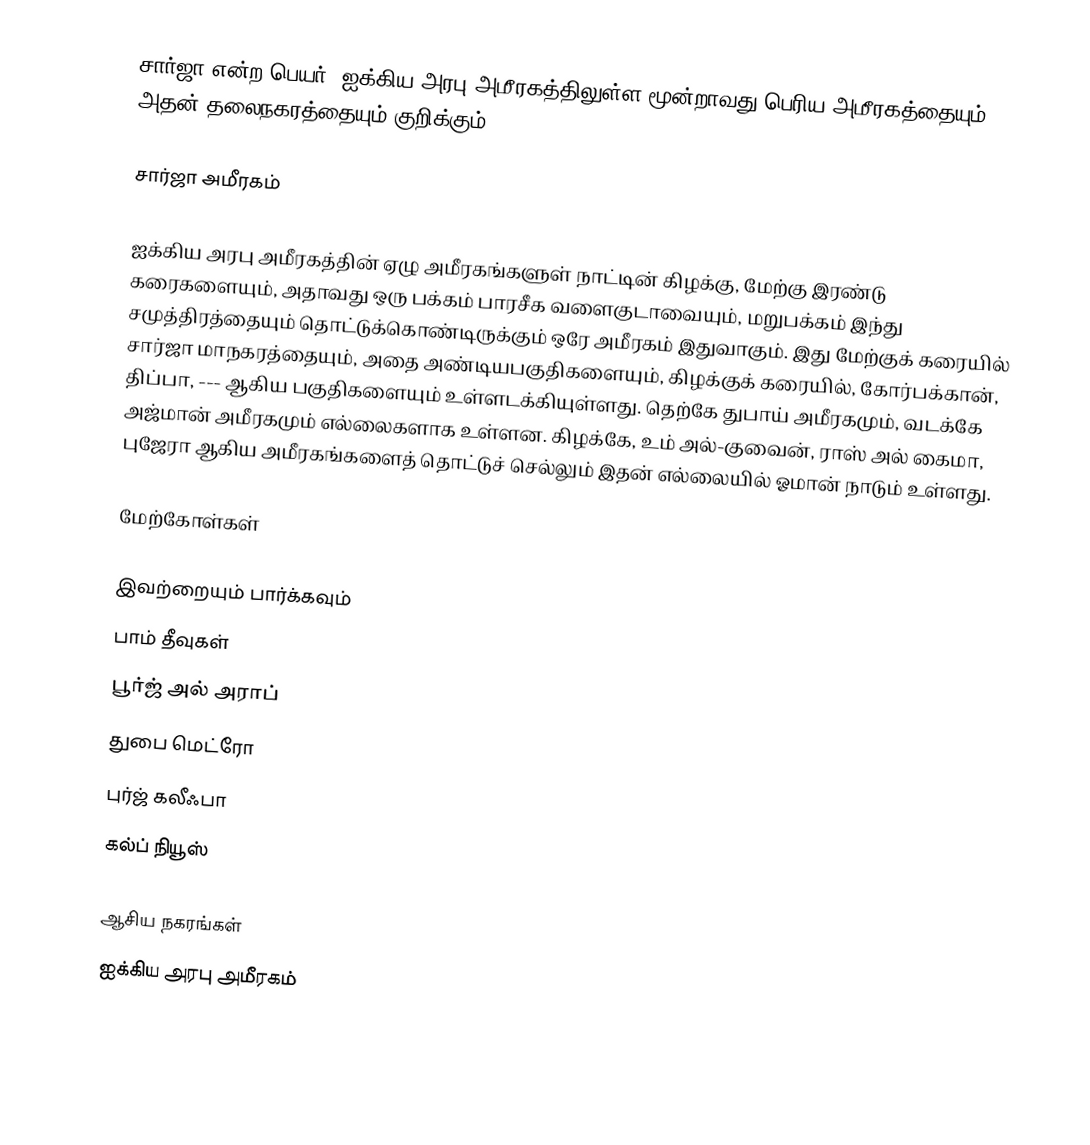
சார்ஜா என்ற பெயர், ஐக்கிய அரபு அமீரகத்திலுள்ள மூன்றாவது பெரிய அமீரகத்தையும், அதன் தலைநகரத்தையும் குறிக்கும்.

சார்ஜா அமீரகம்

ஐக்கிய அரபு அமீரகத்தின் ஏழு அமீரகங்களுள் நாட்டின் கிழக்கு, மேற்கு இரண்டு கரைகளையும், அதாவது ஒரு பக்கம் பாரசீக வளைகுடாவையும், மறுபக்கம் இந்து சமுத்திரத்தையும் தொட்டுக்கொண்டிருக்கும் ஒரே அமீரகம் இதுவாகும். இது மேற்குக் கரையில் சார்ஜா மாநகரத்தையும், அதை அண்டியபகுதிகளையும், கிழக்குக் கரையில், கோர்பக்கான், திப்பா, --- ஆகிய பகுதிகளையும் உள்ளடக்கியுள்ளது. தெற்கே துபாய் அமீரகமும், வடக்கே அஜ்மான் அமீரகமும் எல்லைகளாக உள்ளன. கிழக்கே, உம் அல்-குவைன், ராஸ் அல் கைமா, புஜேரா ஆகிய அமீரகங்களைத் தொட்டுச் செல்லும் இதன் எல்லையில் ஓமான் நாடும் உள்ளது.

மேற்கோள்கள்

இவற்றையும் பார்க்கவும்
 பாம் தீவுகள்
 பூர்ஜ் அல் அராப்
 துபை மெட்ரோ
 புர்ஜ் கலீஃபா
 கல்ப் நியூஸ்

ஆசிய நகரங்கள்
ஐக்கிய அரபு அமீரகம்